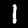
Label: 1